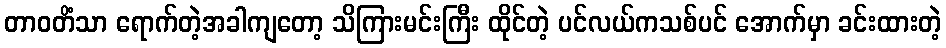
တာဝတိံသာ ရောက်တဲ့အခါကျတော့ သိကြားမင်းကြီး ထိုင်တဲ့ ပင်လယ်ကသစ်ပင် အောက်မှာ ခင်းထားတဲ့